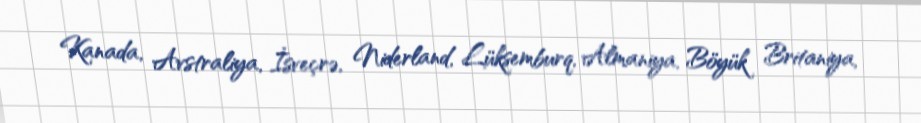
Kanada, Avstraliya, İsveçrə, Niderland, Lüksemburq, Almaniya, Böyük Britaniya,